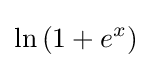
\ln \left(1+e^{x}\right)